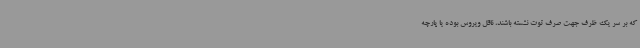
که بر سر یک ظرف جهت صرف توت نشسته باشند، ناقل ویروس بوده یا پارچه